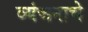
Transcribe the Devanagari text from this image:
व्यंजनाचे